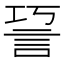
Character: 䛒